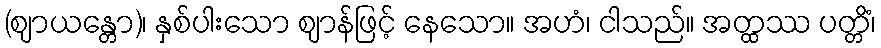
(ဈာယန္တော)၊ နှစ်ပါးသော ဈာန်ဖြင့် နေသော။ အဟံ၊ ငါသည်။ အတ္ထဿ ပတ္တိံ၊